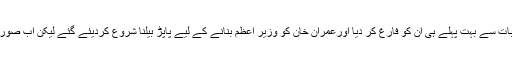
اسی لیے عام انتخابات سے بہت پہلے ہی ان کو فارغ کر دیا اورعمران خان کو وزیر اعظم بنانے کے لیے پاپڑ بیلنا شروع کردیئے گئے لیکن اب صورتحال بدل گئی ہے۔